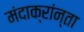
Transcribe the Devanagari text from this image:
मंदाक्रांन्ता